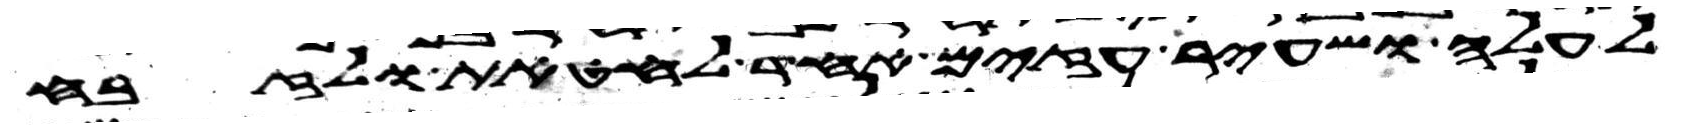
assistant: לעלה ושעיר עזים אחד לחטאת ולזבח